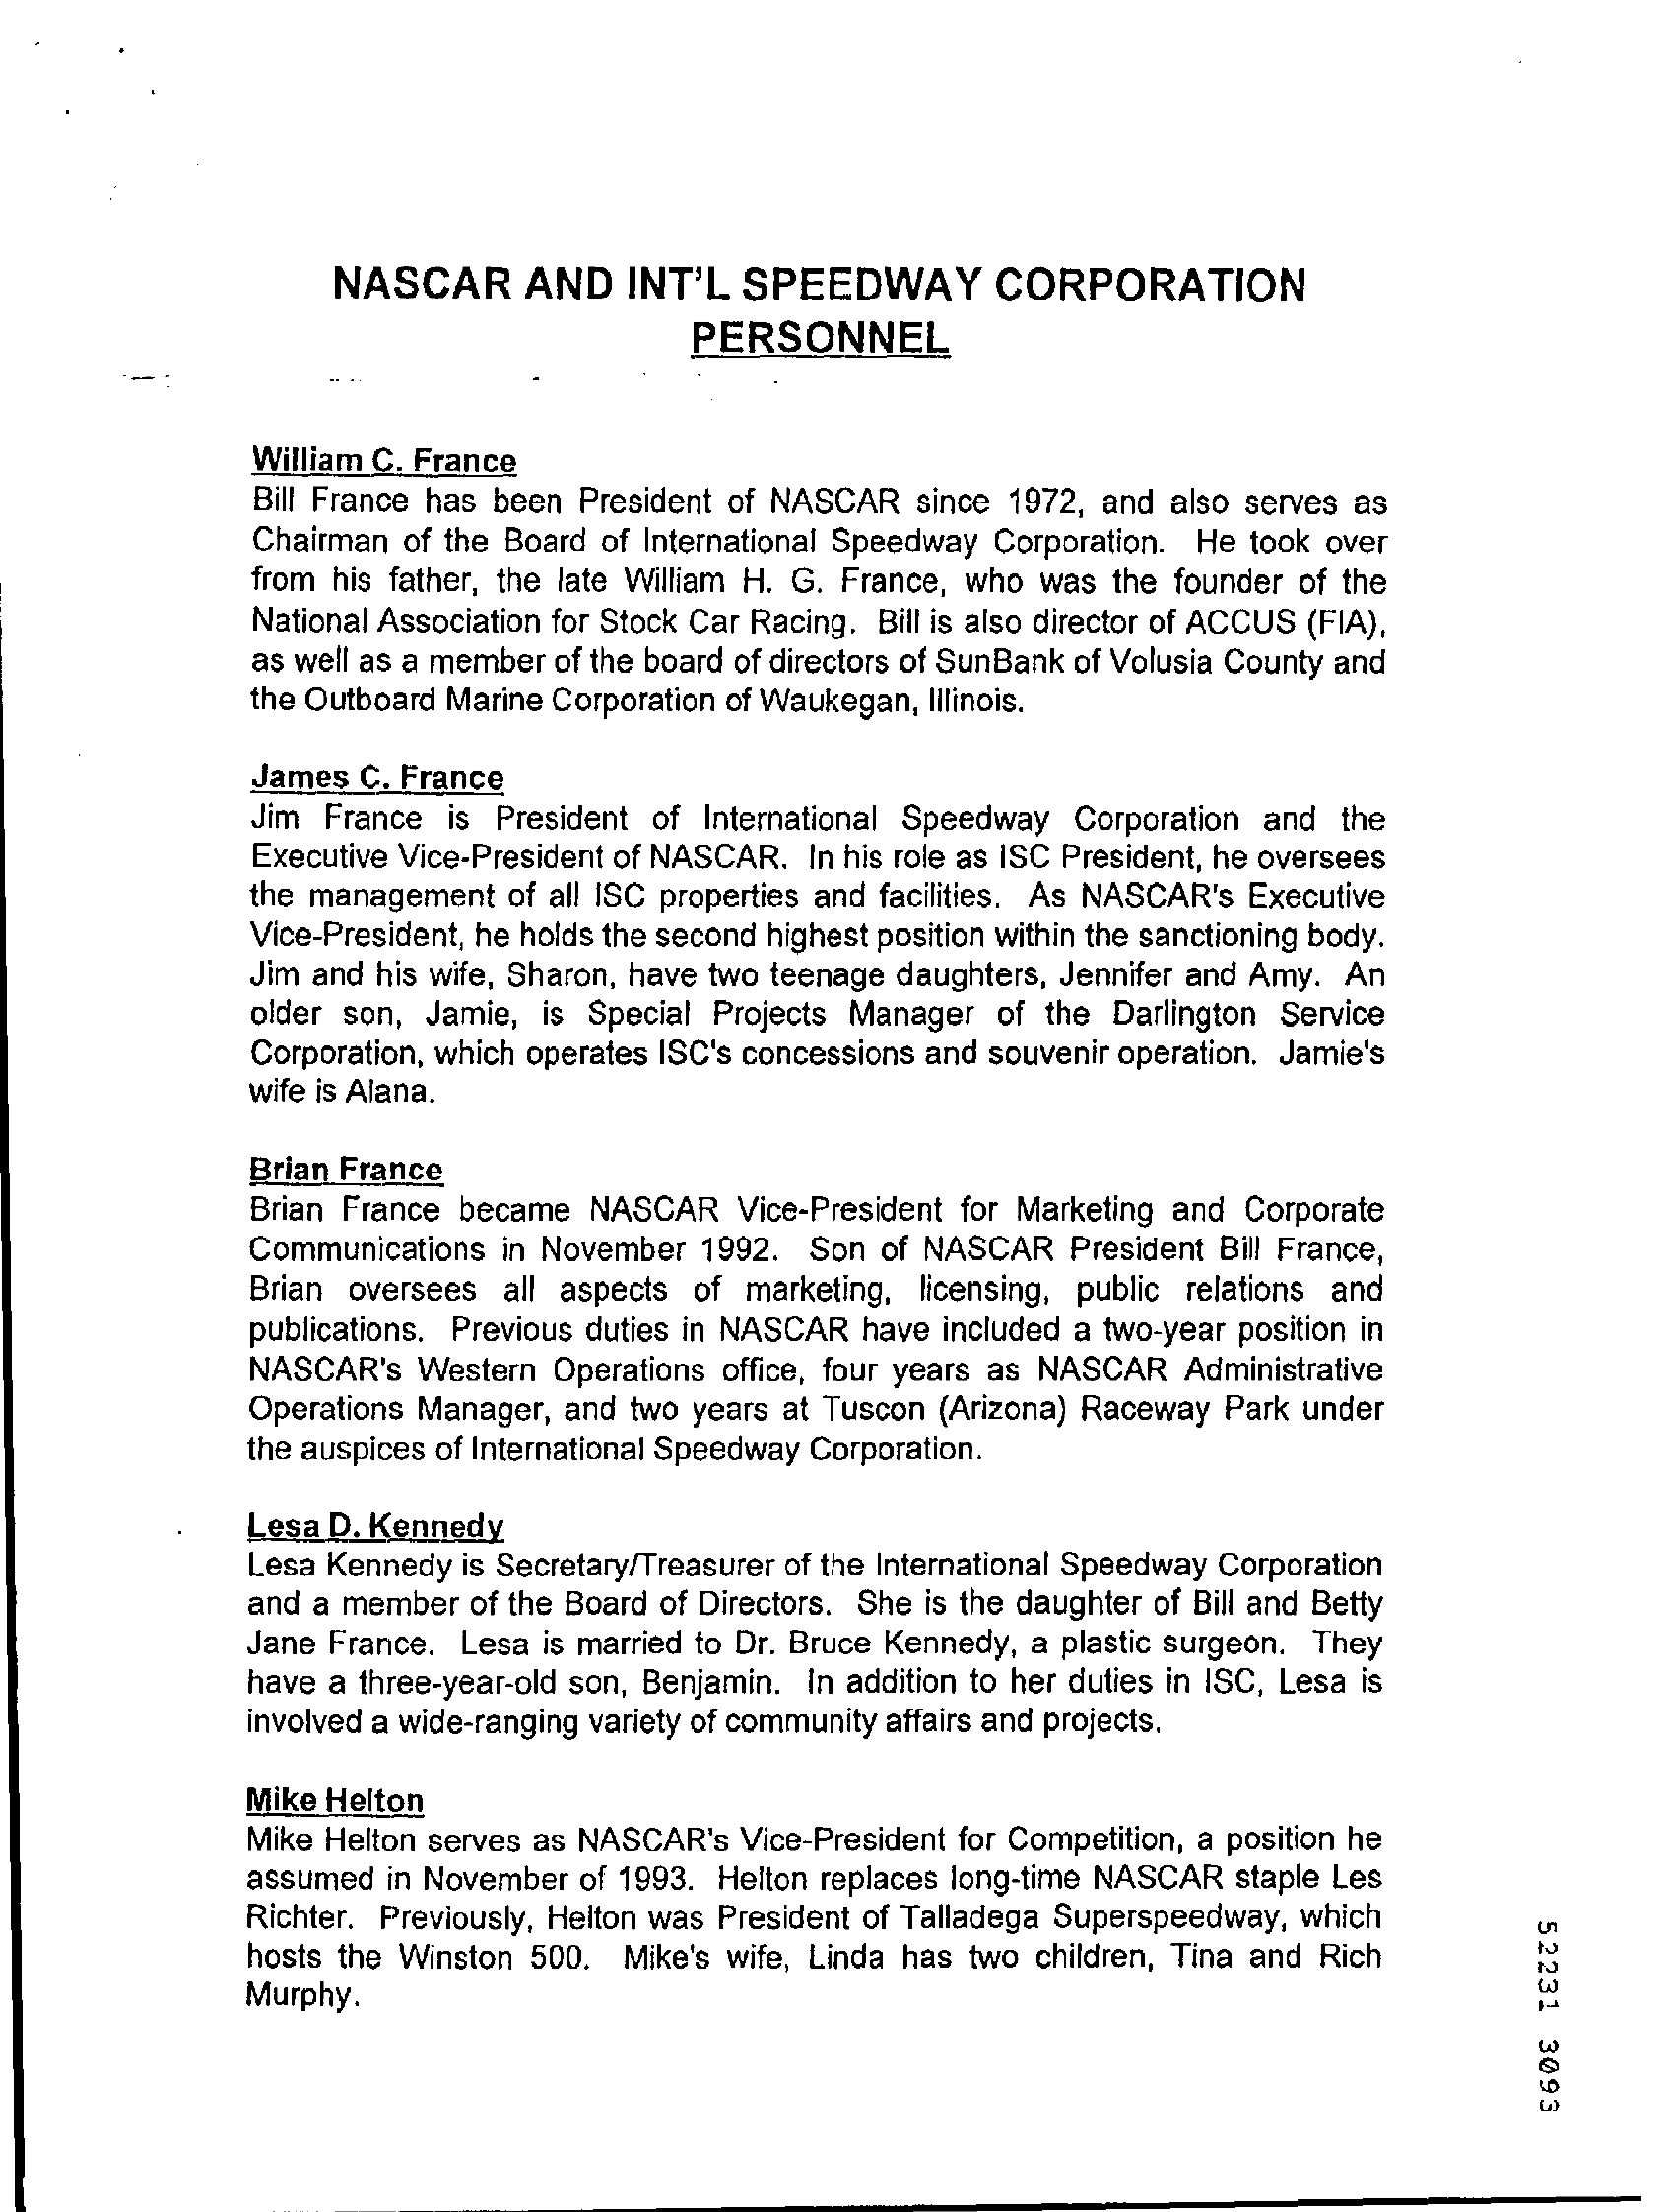
NASCAR    AND    INT'L  SPEEDWAY    CORPORATION
     PERSONNEL
     William C. France
     Bill France has been President of NASCAR since 1972, and also serves as
     Chairman of the Board of International Speedway Corporation. He took over
     from his father, the late William H. G. France, who was the founder of the
     National Association for Stock Car Racing. Bill is also director of ACCUS (FIA),
     as well as a member of the board of directors of SunBank of Volusia County and
     the Outboard Marine Corporation of Waukegan, Illinois.
     James  C. France
     Jim France  is President of International Speedway Corporation and the
     Executive Vice-President of NASCAR. In his role as ISC President, he oversees
     the management  of all ISC properties and facilities. As NASCAR's Executive
     Vice-President, he holds the second highest position within the sanctioning body.
     Jim and his wife, Sharon, have two teenage daughters, Jennifer and Amy. An
     older son, Jamie, is Special Projects Manager of the Darlington Service
     Corporation, which operates ISC's concessions and souvenir operation. Jamie's
     wife is Alana.
     Brian France
     Brian France became  NASCAR   Vice-President for Marketing and Corporate
     Communications in November  1992. Son  of NASCAR  President Bill France,
     Brian oversees all aspects of marketing, licensing, public relations and
     publications. Previous duties in NASCAR have included a two-year position in
     NASCAR's  Western Operations office, four years as NASCAR Administrative
     Operations Manager, and two years at Tuscon (Arizona) Raceway Park under
     the auspices of International Speedway Corporation.
     Lesa D. Kennedy
     Lesa Kennedy is Secretary/Treasurer of the International Speedway Corporation
     and a member of the Board of Directors. She is the daughter of Bill and Betty
     Jane France. Lesa is married to Dr. Bruce Kennedy, a plastic surgeon. They
     have a three-year-old son, Benjamin. In addition to her duties in ISC, Lesa is
     involved a wide-ranging variety of community affairs and projects.
     Mike Helton
     Mike Helton serves as NASCAR's Vice-President for Competition, a position he
     assumed in November of 1993. Helton replaces long-time NASCAR staple Les
     Richter. Previously, Helton was President of Talladega Superspeedway, which
     52231
     3093
     hosts the Winston 500.  Mike's wife, Linda has two children, Tina and Rich
     Murphy.